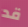
قد